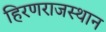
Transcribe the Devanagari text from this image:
हिरणराजस्थान